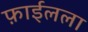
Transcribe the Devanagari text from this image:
फ़ाईलला